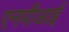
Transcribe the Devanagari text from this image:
एनपीआई